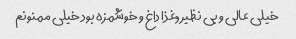
خیلی عالی و بی نظیر ,غذا داغ و خوشمزه بود خیلی ممنونم